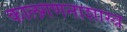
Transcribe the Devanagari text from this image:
कालगणनाशास्त्र